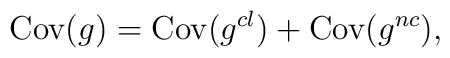
{\rm Cov}(g) = {\rm Cov}(g^{cl}) + {\rm Cov}(g^{nc}) ,